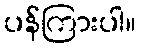
ပန်ကြားပါ။